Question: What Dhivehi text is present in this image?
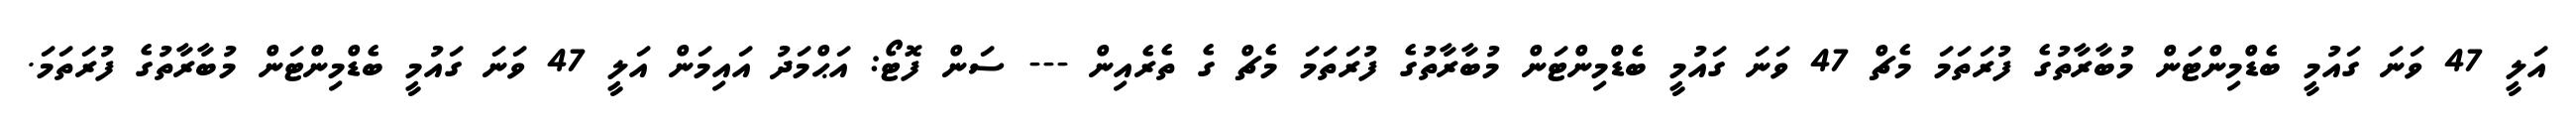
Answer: އަލީ 47 ވަނަ ގައުމީ ބެޑްމިންޓަން މުބާރާތުގެ ފުރަތަމަ މެޗް 47 ވަނަ ގައުމީ ބެޑްމިންޓަން މުބާރާތުގެ ފުރަތަމަ މެޗް ގެ ތެރެއިން --- ސަން ފޮޓޯ: އަޙްމަދު އައިމަން އަލީ 47 ވަނަ ގައުމީ ބެޑްމިންޓަން މުބާރާތުގެ ފުރަތަމަ.